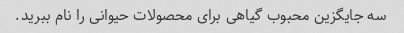
سه جایگزین محبوب گیاهی برای محصولات حیوانی را نام ببرید.